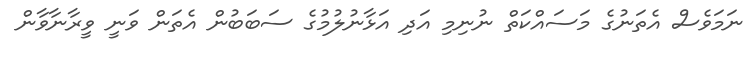
ނަމަވެސް އެތަނުގެ މަސައްކަތް ނުނިމި އަދި އަޅާނުލުމުގެ ސަބަބުން އެތަން ވަނީ ވީރާނާވާން